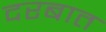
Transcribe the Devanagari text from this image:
दरबात